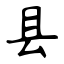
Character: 县